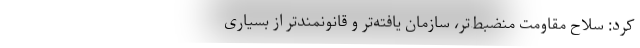
کرد: سلاح‌ مقاومت منضبط‌تر، سازمان یافته‌تر و قانونمندتر از بسیاری